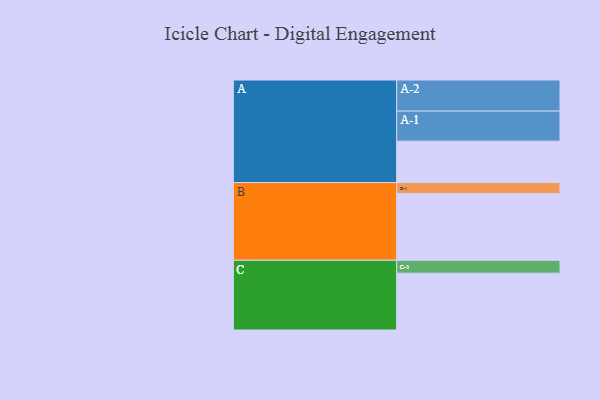
{"axis": {"x": "Segment", "y": "Value"}, "legend": ["", "A", "B", "C"], "data": [{"x": "A", "y": 362, "type": ""}, {"x": "B", "y": 583, "type": ""}, {"x": "C", "y": 497, "type": ""}, {"x": "A-1", "y": 263, "type": "A"}, {"x": "A-2", "y": 272, "type": "A"}, {"x": "B-1", "y": 97, "type": "B"}, {"x": "C-1", "y": 113, "type": "C"}]}